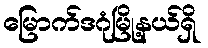
မြောက်ဒဂုံမြို့နယ်ရှိ